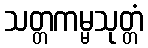
သတ္တကမ္မသုတ္တံ